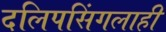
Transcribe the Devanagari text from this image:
दलिपसिंगलाही